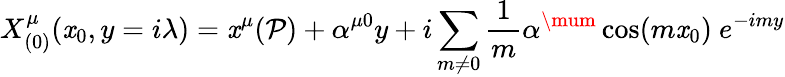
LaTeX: X_{(0)}^{\mu}(\mathit{x}_{0},y=i\lambda)=\mathit{x}^{\mu}(\mathcal{{P}})+\alpha^{\mu0}y+i\sum_{m\neq0}\frac{{1}}{{m}}\alpha^{\mum}\cos(m\mathit{x}_{0})\ e^{-imy}